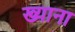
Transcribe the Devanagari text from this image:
ख्याना